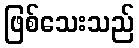
ဖြစ်သေးသည်